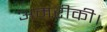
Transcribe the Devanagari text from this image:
अमरीकी।